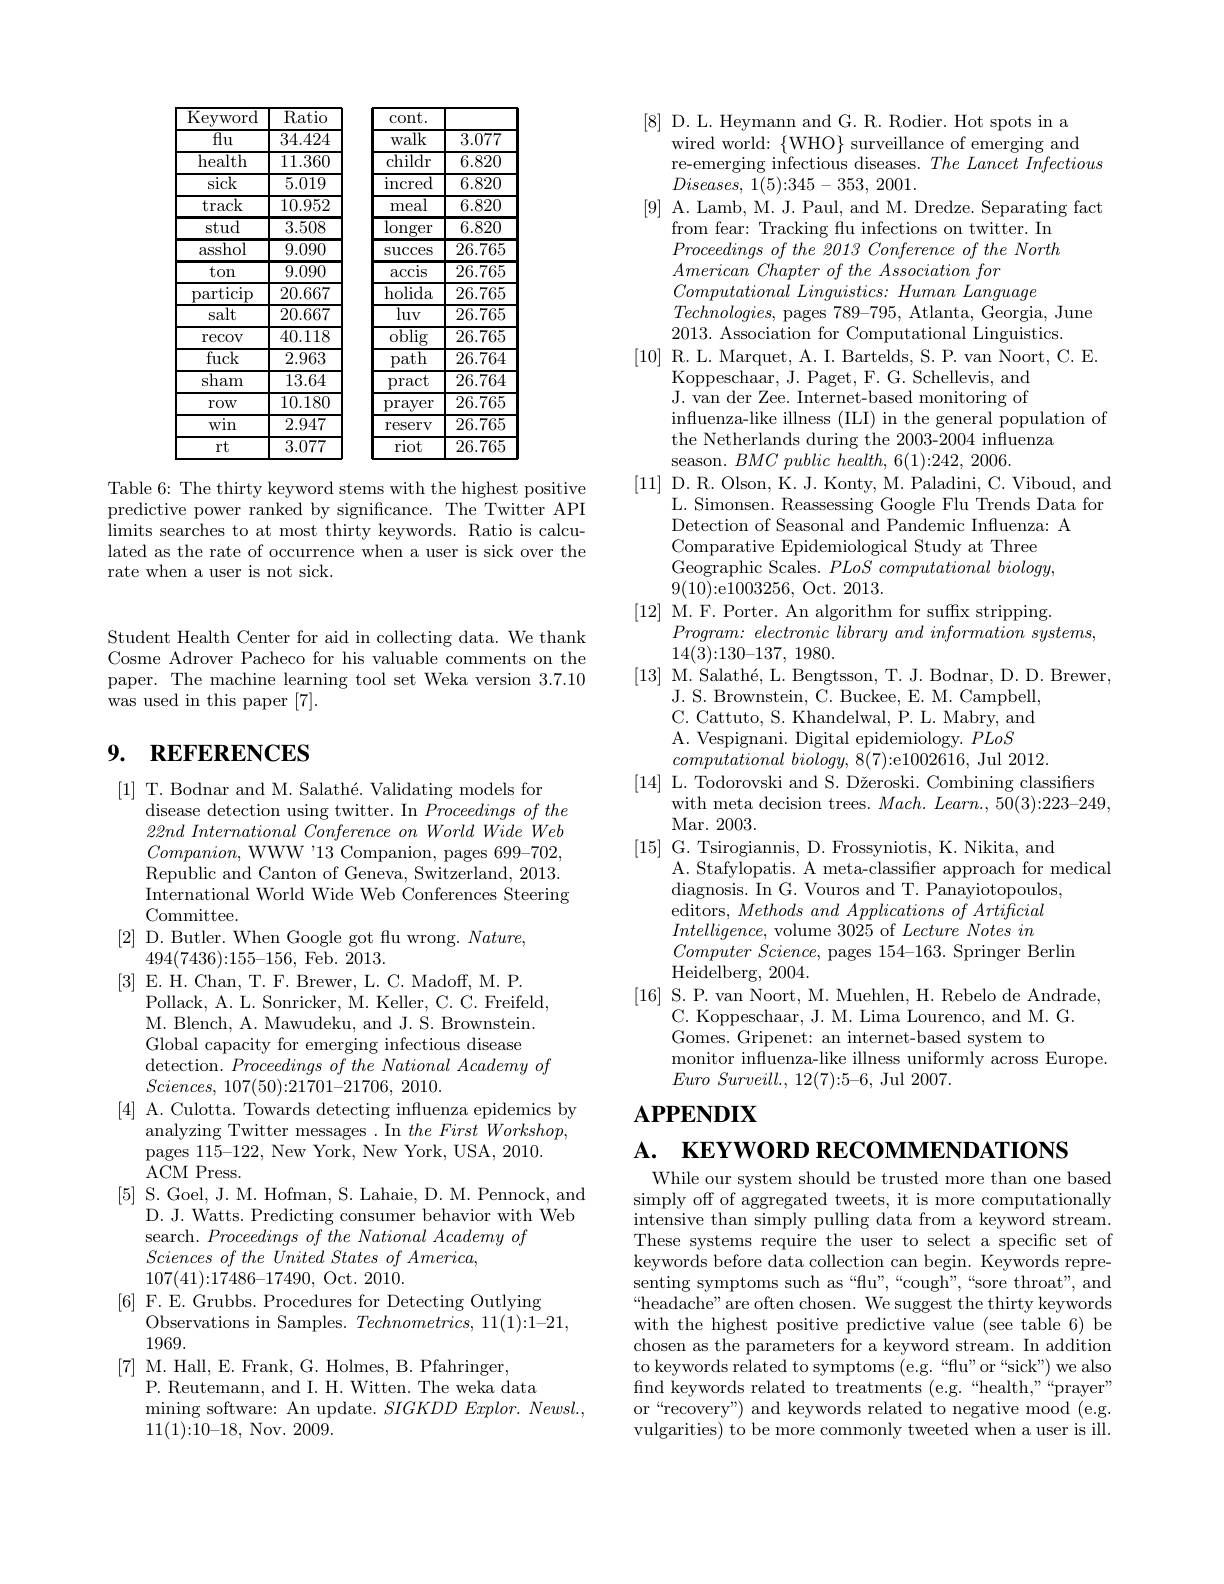
<table>
	<tbody>
		<tr>
			<th rowspan="3">${\overline{{\mathrm{Keyword}}}}$ $\overline{\mathrm{flu}}$ health $\dot{\gamma}_{\mathrm{icl}r}$</th>
			<th>Ratio</th>
			<th>cont. </th>
			<th> </th>
		</tr>
		<tr>
			<th>34.424</th>
			<th>walk</th>
			<th>$\overline{3.077}$</th>
		</tr>
		<tr>
			<th>11.360</th>
			<th>childr</th>
			<th>6.820</th>
		</tr>
		<tr>
			<td>$\operatorname{sick}$</td>
			<td>5.019</td>
			<td>$\operatorname{incred}$</td>
			<td>6.820</td>
		</tr>
		<tr>
			<td>track</td>
			<td>10.952</td>
			<td>meal</td>
			<td>6.820</td>
		</tr>
		<tr>
			<td>stud</td>
			<td>3.508</td>
			<td>longer</td>
			<td>6.820</td>
		</tr>
		<tr>
			<td>asshol</td>
			<td>9.090</td>
			<td>$\operatorname{Succes}$</td>
			<td>26.765</td>
		</tr>
		<tr>
			<td>ton</td>
			<td>9.090</td>
			<td>$\arcsin$</td>
			<td>26.765</td>
		</tr>
		<tr>
			<td>$\operatorname{particip}$</td>
			<td>20.667</td>
			<td>holida</td>
			<td>26.765</td>
		</tr>
		<tr>
			<td>salt</td>
			<td>20.667</td>
			<td>luv</td>
			<td>26.765</td>
		</tr>
		<tr>
			<td>$\operatorname{recov}$</td>
			<td>40.118</td>
			<td>$\overline{\mathrm{oblig}}$</td>
			<td>26.765</td>
		</tr>
		<tr>
			<td>fuck</td>
			<td>2.963</td>
			<td>path</td>
			<td>26.764</td>
		</tr>
		<tr>
			<td>$\overline{\mathrm{sham}}$</td>
			<td>13.64</td>
			<td>$\operatorname{pract}$</td>
			<td>26.764</td>
		</tr>
		<tr>
			<td>row</td>
			<td>10.180</td>
			<td>$\operatorname{prayer}$</td>
			<td>26.765</td>
		</tr>
		<tr>
			<td>win</td>
			<td>2.947</td>
			<td>$\operatorname{reserv}$</td>
			<td>26.765</td>
		</tr>
		<tr>
			<td>rt</td>
			<td>3.077</td>
			<td>riot</td>
			<td>26.765</td>
		</tr>
	</tbody>
</table>

Table 6: The thirty keyword stems with the highest positive predictive power ranked by significance. The Twitter API limits searches to at most thirty keywords. Ratio is calcu- lated as the rate of occurrence when a user is sick over the rate when a user is not sick.

Student Health Center for aid in collecting data. We thank Cosme Adrover Pacheco for his valuable comments on the paper. The machine learning tool set Weka version 3.7.10 was used in this paper [7].

# 9. REFERENCES

[1] T. Bodnar and M. Salathé. Validating models for
disease detection using twitter. In Proceedings of the $22nd\textit{ International Conference on World Wide Web}$ $\textit{Companion, WWW' 13 Companion, pages 699- 702, }$ Republic and Canton of Geneva, Switzerland, 2013. International World Wide Web Conferences Steering Committee.
[2] D. Butler. When Google got flu wrong. $Nature$,
494(7436){:}155{-}156{,} Feb. 2013.
[3]E.H.Chan,T.F.Brewer,L.C.Madoff,M.P.
Pollack, A. L. Sonricker, M. Keller, C. C. Freifeld, M. Blench, A. Mawudeku, and J. S. Brownstein. Global capacity for emerging infectious disease detection. Proceedings of the National Academy of
$Sciences$, 107(50):21701-21706, 2010.
[4] A. Culotta. Towards detecting influenza epidemics by
analyzing Twitter messages . In $the\textit{First Workshop, }$
pages $115–122$, New York, New York, USA, 2010.
ACMPress.
$[5]{\text{S.Goel, J. M. Hofman, S. Lahaie, D. M. Pennock, and}}$
D. J. Watts. Predicting consumer behavior with Web
search. Proceedings of the National Academy of
$\textit{Sciences of the United States of America, }$
107(41){:}17486{-}17490, Oct. 2010.
[6] F. E. Grubbs. Procedures for Detecting Outlying
Observations in Samples. $Technometrics,11(1):1-21$,
1969.
[7] M. Hall, E. Frank, G. Holmes, B. Pfahringer,
P. Reutemann, and I. H. Witten. The weka data
mining software: An update. $SIGKDDExplor.Newsl.$,
11(1){:}10{-}18, Nov. 2009.

[8] D.L. Heymann and G. R. Rodier. Hot spots in a
wired world: $\{$WHO$\}$ surveillance of emerging and
re-emerging infectious diseases. The Lancet Infectious
$Diseases$, 1(5):345-353, 2001.
[9] A. Lamb, M. J. Paul, and M. Dredze. Separating fact
from fear: Tracking flu infections on twitter. In $Proceedings\textit{ of the 2013 Conference of the North}$ $American\textit{ Chapter of the Association for}$
$Computational\textit{ Linguistics: Human Language}$
$Technologies$, pages 789-795, Atlanta, Georgia, June
2013. Association for Computational Linguistics.
[10] R. L. Marquet, A. I. Bartelds, S. P. van Noort, C. E.
$\tilde{\text{Koppeschaar, J. Paget, F. G. Schellevis, and}}$ J. van der Zee. Internet-based monitoring of influenza-like illness (ILI) in the general population of
the Netherlands during the 2003-2004 influenza
season. $BMC\textit{ public health, 6( 1) : 242, 2006. }$
[11] D. R. Olson, K. J. Konty, M. Paladini, C. Viboud, and
L. Simonsen. Reassessing Google Flu Trends Data for
Detection of Seasonal and Pandemic Influenza: A
Comparative Epidemiological Study at Three Geographic Scales. PLoS computational biology, 9(10){:}e1003256, Oct. 2013.
$[12]\stackrel{\mathrm{M.~F.~Porter.~An~algorithm~for~suffx~stripping.}}$
$Program: \textit{ electronic library and information systems, }$
14(3){:}130{-}137, 1980.
[13] M. Salathé, L. Bengtsson, T. J. Bodnar, D. D. Brewer,
J. S. Brownstein, C. Buckee, E. M. Campbell, C. Cattuto, S. Khandelwal, P. L. Mabry, and A. Vespignani. Digital epidemiology. PLoS
computational $biology$, 8(7){:}e1002616, Jul 2012.
[14] L. Todorovski and S. Džeroski. Combining classiffers
with meta decision trees. $Mach. \textit{ Learn. , 50( 3) : 223- 249, }$
Mar. 2003.
[15] G. Tsirogiannis, D. Frossyniotis, K. Nikita, and
A. Stafylopatis. A meta-classifier approach for medical
diagnosis. In G. Vouros and T. Panayiotopoulos, editors, Methods and Applications of Artificial $Intelligence$, volume 3025 of $Lecture\textit{Notes in}$ $Computer\textit{ Science, pages 154- 163. Springer Berlin}$
Heidelberg, 2004.
[16] S. P. van Noort, M. Muehlen, H. Rebelo de Andrade,
C. Koppeschaar, J. M. Lima Lourenco, and M. G.
Gomes. Gripenet: an internet-based system to
monitor influenza-like illness uniformly across Europe.
$Euro\textit{ Surveill. , 12( 7) : 5- 6, Jul 2007. }$
$\mathbf{APPENDIX}$

$\mathbf{A. }$ $\mathbf{KEYWORD}$ RECOMMENDATIONS

While our system should be trusted more than one based simply off of aggregated tweets, it is more computationally intensive than simply pulling data from a keyword stream. These systems require the user to select a specific set of keywords before data collection can begin. Keywords representing symptoms such as“flu”,“cough”,“sore throat", and headache" are often chosen. We suggest the thirty keywords with the highest positive predictive value (see table 6) be chosen as the parameters for a keyword stream. In addition to keywords related to symptoms (e.g.“flu”or“sick”) we also find keywords related to treatments (e.g.“health,”“prayer” or“recovery”) and keywords related to negative mood (e.g. vulgarities) to be more commonly tweeted when a user is ill.